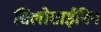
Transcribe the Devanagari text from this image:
सिलोसाईबिन